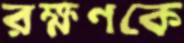
রক্ষণকে